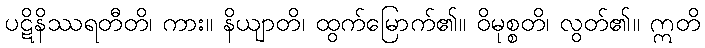
ပဋိနိဿရတီတိ၊ ကား။ နိယျာတိ၊ ထွက်မြောက်၏။ ဝိမုစ္စတိ၊ လွတ်၏။ ဣတိ